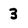
Character: 3